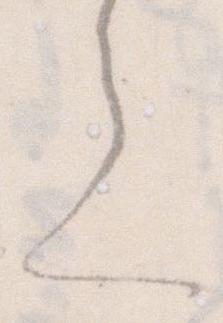
て